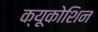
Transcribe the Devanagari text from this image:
क्यूकोशिन